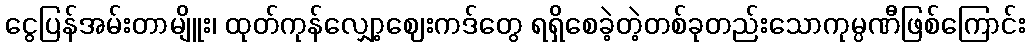
ငွေပြန်အမ်းတာမျိူး၊ ထုတ်ကုန်လျှော့ဈေးကဒ်တွေ ရရှိစေခဲ့တဲ့တစ်ခုတည်းသောကုမ္ပဏီဖြစ်ကြောင်း